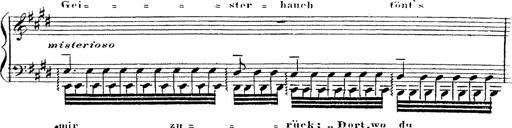
Title: 12 Lieder von Franz Schubert
Composer: Franz Liszt